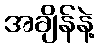
အချိန်နဲ့